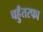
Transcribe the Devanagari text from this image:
चहुँतरफा